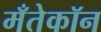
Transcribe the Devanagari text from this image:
मँतेकॉन